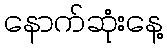
နောက်ဆုံးနေ့